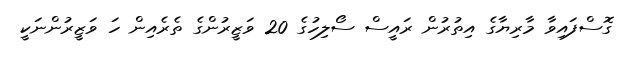
ގޮސްފައިވާ މާރިޔާގެ އިތުރުން ރައީސް ސޯލިހުގެ 20 ވަޒީރުންގެ ތެރެއިން ހަ ވަޒީރުންނަކީ